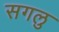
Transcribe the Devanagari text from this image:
सगलु